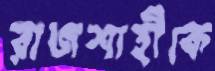
রাজশাহীকে